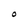
Character: O